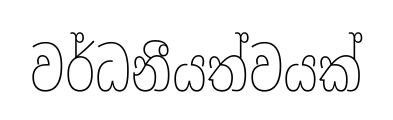
වර්ධනීයත්වයක්